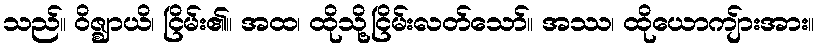
သည်။ ဝိဇ္ဈာယိ၊ ငြိမ်း၏။ အထ၊ ထိုသို့ငြိမ်းလတ်သော်။ အဿ၊ ထိုယောကျ်ားအား။